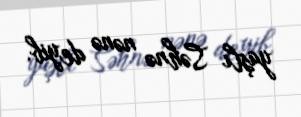
yaşlı Səhnə nənə deyib.